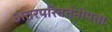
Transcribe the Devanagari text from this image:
अंतरपरिवर्तनीयता